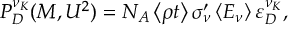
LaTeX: P _ { D } ^ { \nu _ { K } } ( M , U ^ { 2 } ) = N _ { A } \left\langle \rho t \right\rangle \sigma _ { \nu } ^ { \prime } \left\langle E _ { \nu } \right\rangle \varepsilon _ { D } ^ { \nu _ { K } } ,